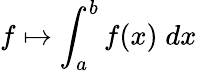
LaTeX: f\mapsto\int_{a}^{b}f(x)\; dx